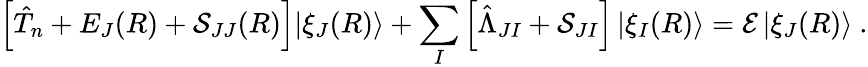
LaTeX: \Big[\hat{T}_{n}+E_{J}(R)+\mathcal{S}_{JJ}(R)\Big]|\xi_{J}(R)\rangle+\sum_{I}\Big[\hat{\Lambda}_{JI}+\mathcal{S}_{JI}\Big]\, |\xi_{I}(R)\rangle=\mathcal{E}\, |\xi_{J}(R)\rangle~.